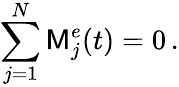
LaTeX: \sum_{j=1}^{N}\mathsf{M}_{j}^{e}(t)=0\, .